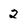
Character: 2